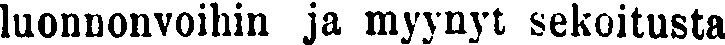
luonnonvoihin ja myynyt sekoitusta